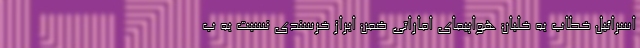
اسرائیل خطاب به خلبان هواپیمای اماراتی ضمن ابراز خرسندی نسبت به ب